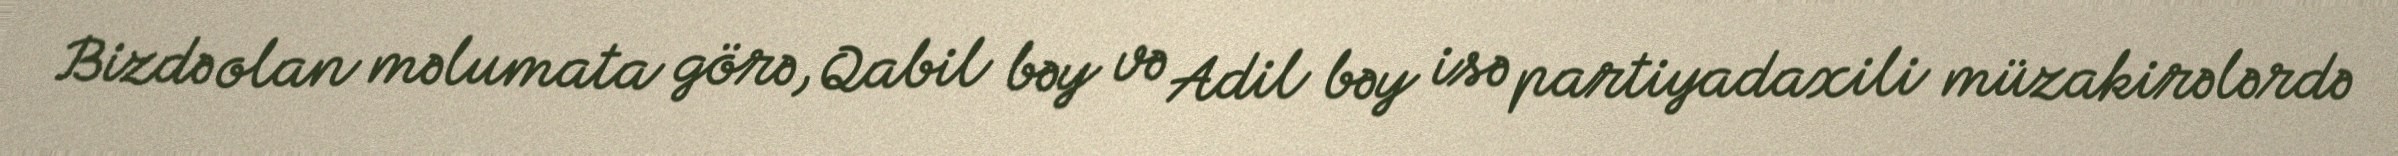
Bizdə olan məlumata görə, Qabil bəy və Adil bəy isə partiyadaxili müzakirələrdə